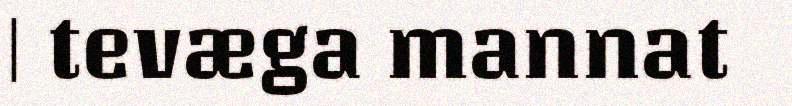
| tevæga mannat